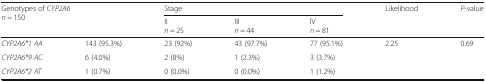
<table><thead><tr><td rowspan="2" colspan="2"><b>Genotypes of <i>CYP2A6</i><i>n</i> = 150</b></td><td colspan="3"><b>Stage</b></td><td rowspan="2"><b>Likelihood</b></td><td rowspan="2"><b><i>P</i>-value</b></td></tr><tr><td><b>II<i>n</i> = 25</b></td><td><b>III<i>n</i> = 44</b></td><td><b>IV<i>n</i> = 81</b></td></tr></thead><tbody><tr><td><i>CYP2A6*1 AA</i></td><td>143 (95.3%)</td><td>23 (92%)</td><td>43 (97.7%)</td><td>77 (95.1%)</td><td rowspan="3">2.25</td><td rowspan="3">0.69</td></tr><tr><td><i>CYP2A6*9 AC</i></td><td>6 (4.0%)</td><td>2 (8%)</td><td>1 (2.3%)</td><td>3 (3.7%)</td></tr><tr><td><i>CYP2A6*2 AT</i></td><td>1 (0.7%)</td><td>0 (0.0%)</td><td>0 (0.0%)</td><td>1 (1.2%)</td></tr></tbody></table>